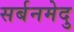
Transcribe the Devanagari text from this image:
सर्बनमेदु